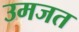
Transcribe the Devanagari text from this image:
उमजत